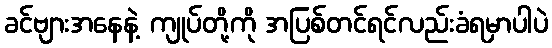
ခင်ဗျားအနေနဲ့ ကျုပ်တို့ကို အပြစ်တင်ရင်လည်းခံရမှာပါပဲ